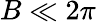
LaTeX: B\ll 2\pi